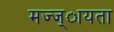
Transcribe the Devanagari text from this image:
मज्ज्ायता